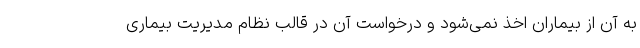
به آن از بیماران اخذ نمی‌شود و درخواست آن در قالب نظام مدیریت بیماری